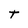
Character: t